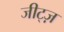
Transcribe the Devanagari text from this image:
जीट्ज़